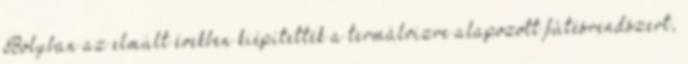
Bólyban az elmúlt években kiépítették a termálvízre alapozott fûtésrendszert,